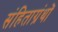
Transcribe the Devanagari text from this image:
संहिताग्रंथों